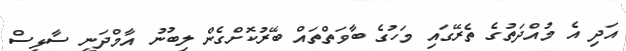
އަދި އެ މުއްދަތުގެ ތެރޭގައި މަހުގެ ބާވަތްތައް ބޭރުކޮށްގެން ލިބުނު އާމްދަނީ ސާޅީސް